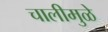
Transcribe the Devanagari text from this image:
चालीमुळे